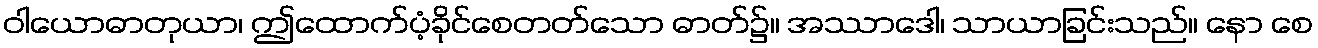
ဝါယောဓာတုယာ၊ ဤထောက်ပံ့ခိုင်စေတတ်သော ဓာတ်၌။ အဿာဒေါ၊ သာယာခြင်းသည်။ နော စေ